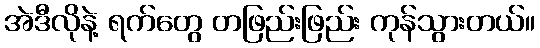
အဲဒီလိုနဲ့ ရက်တွေ တဖြည်းဖြည်း ကုန်သွားတယ်။